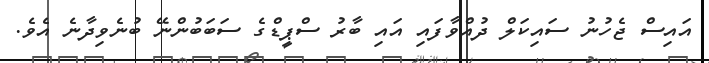
އައިސް ޖެހުނު ސައިކަލް ދުއްވާފައި އައި ބާރު ސްޕީޑްގެ ސަބަބުންނޭ ބުނެވިދާނެ އެވެ.